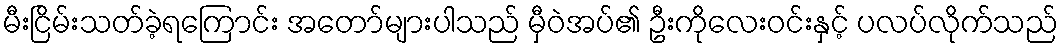
မီးငြိမ်းသတ်ခဲ့ရကြောင်း အတော်များပါသည် မှီဝဲအပ်၏ ဦးကိုလေးဝင်းနှင့် ပလပ်လိုက်သည်